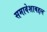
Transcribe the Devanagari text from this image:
समावेशाबद्दल